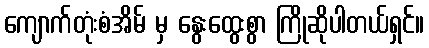
ကျောက်တုံးစံအိမ် မှ နွေးထွေးစွာ ကြိုဆိုပါတယ်ရှင်။